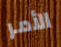
الأمر